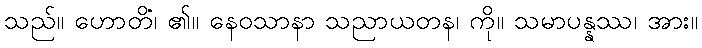
သည်။ ဟောတိ၊ ၏။ နေဝသာနာ သညာယတနံ၊ ကို။ သမာပန္နဿ၊ အား။